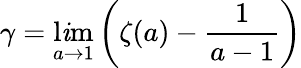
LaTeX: \gamma=\operatorname*{l\mathit{i}m}_{a\to1}\left(\zeta(a)-{\frac{{1}}{{a-1}}}\right)